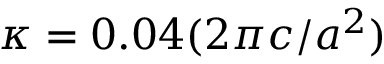
\kappa = 0 . 0 4 ( 2 \pi c / a ^ { 2 } )